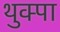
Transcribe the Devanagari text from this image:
थुक्पा